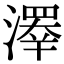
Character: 𤀎